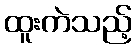
ထူးကဲသည့်